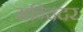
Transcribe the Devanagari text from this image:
मन्दिदर